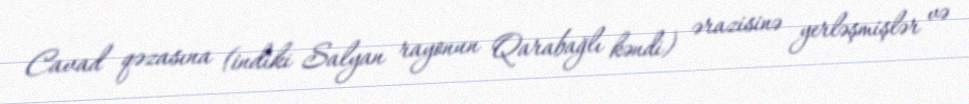
Cavad qəzasına (indiki Salyan rayonun Qarabağlı kəndi) ərazisinə yerləşmişlər və